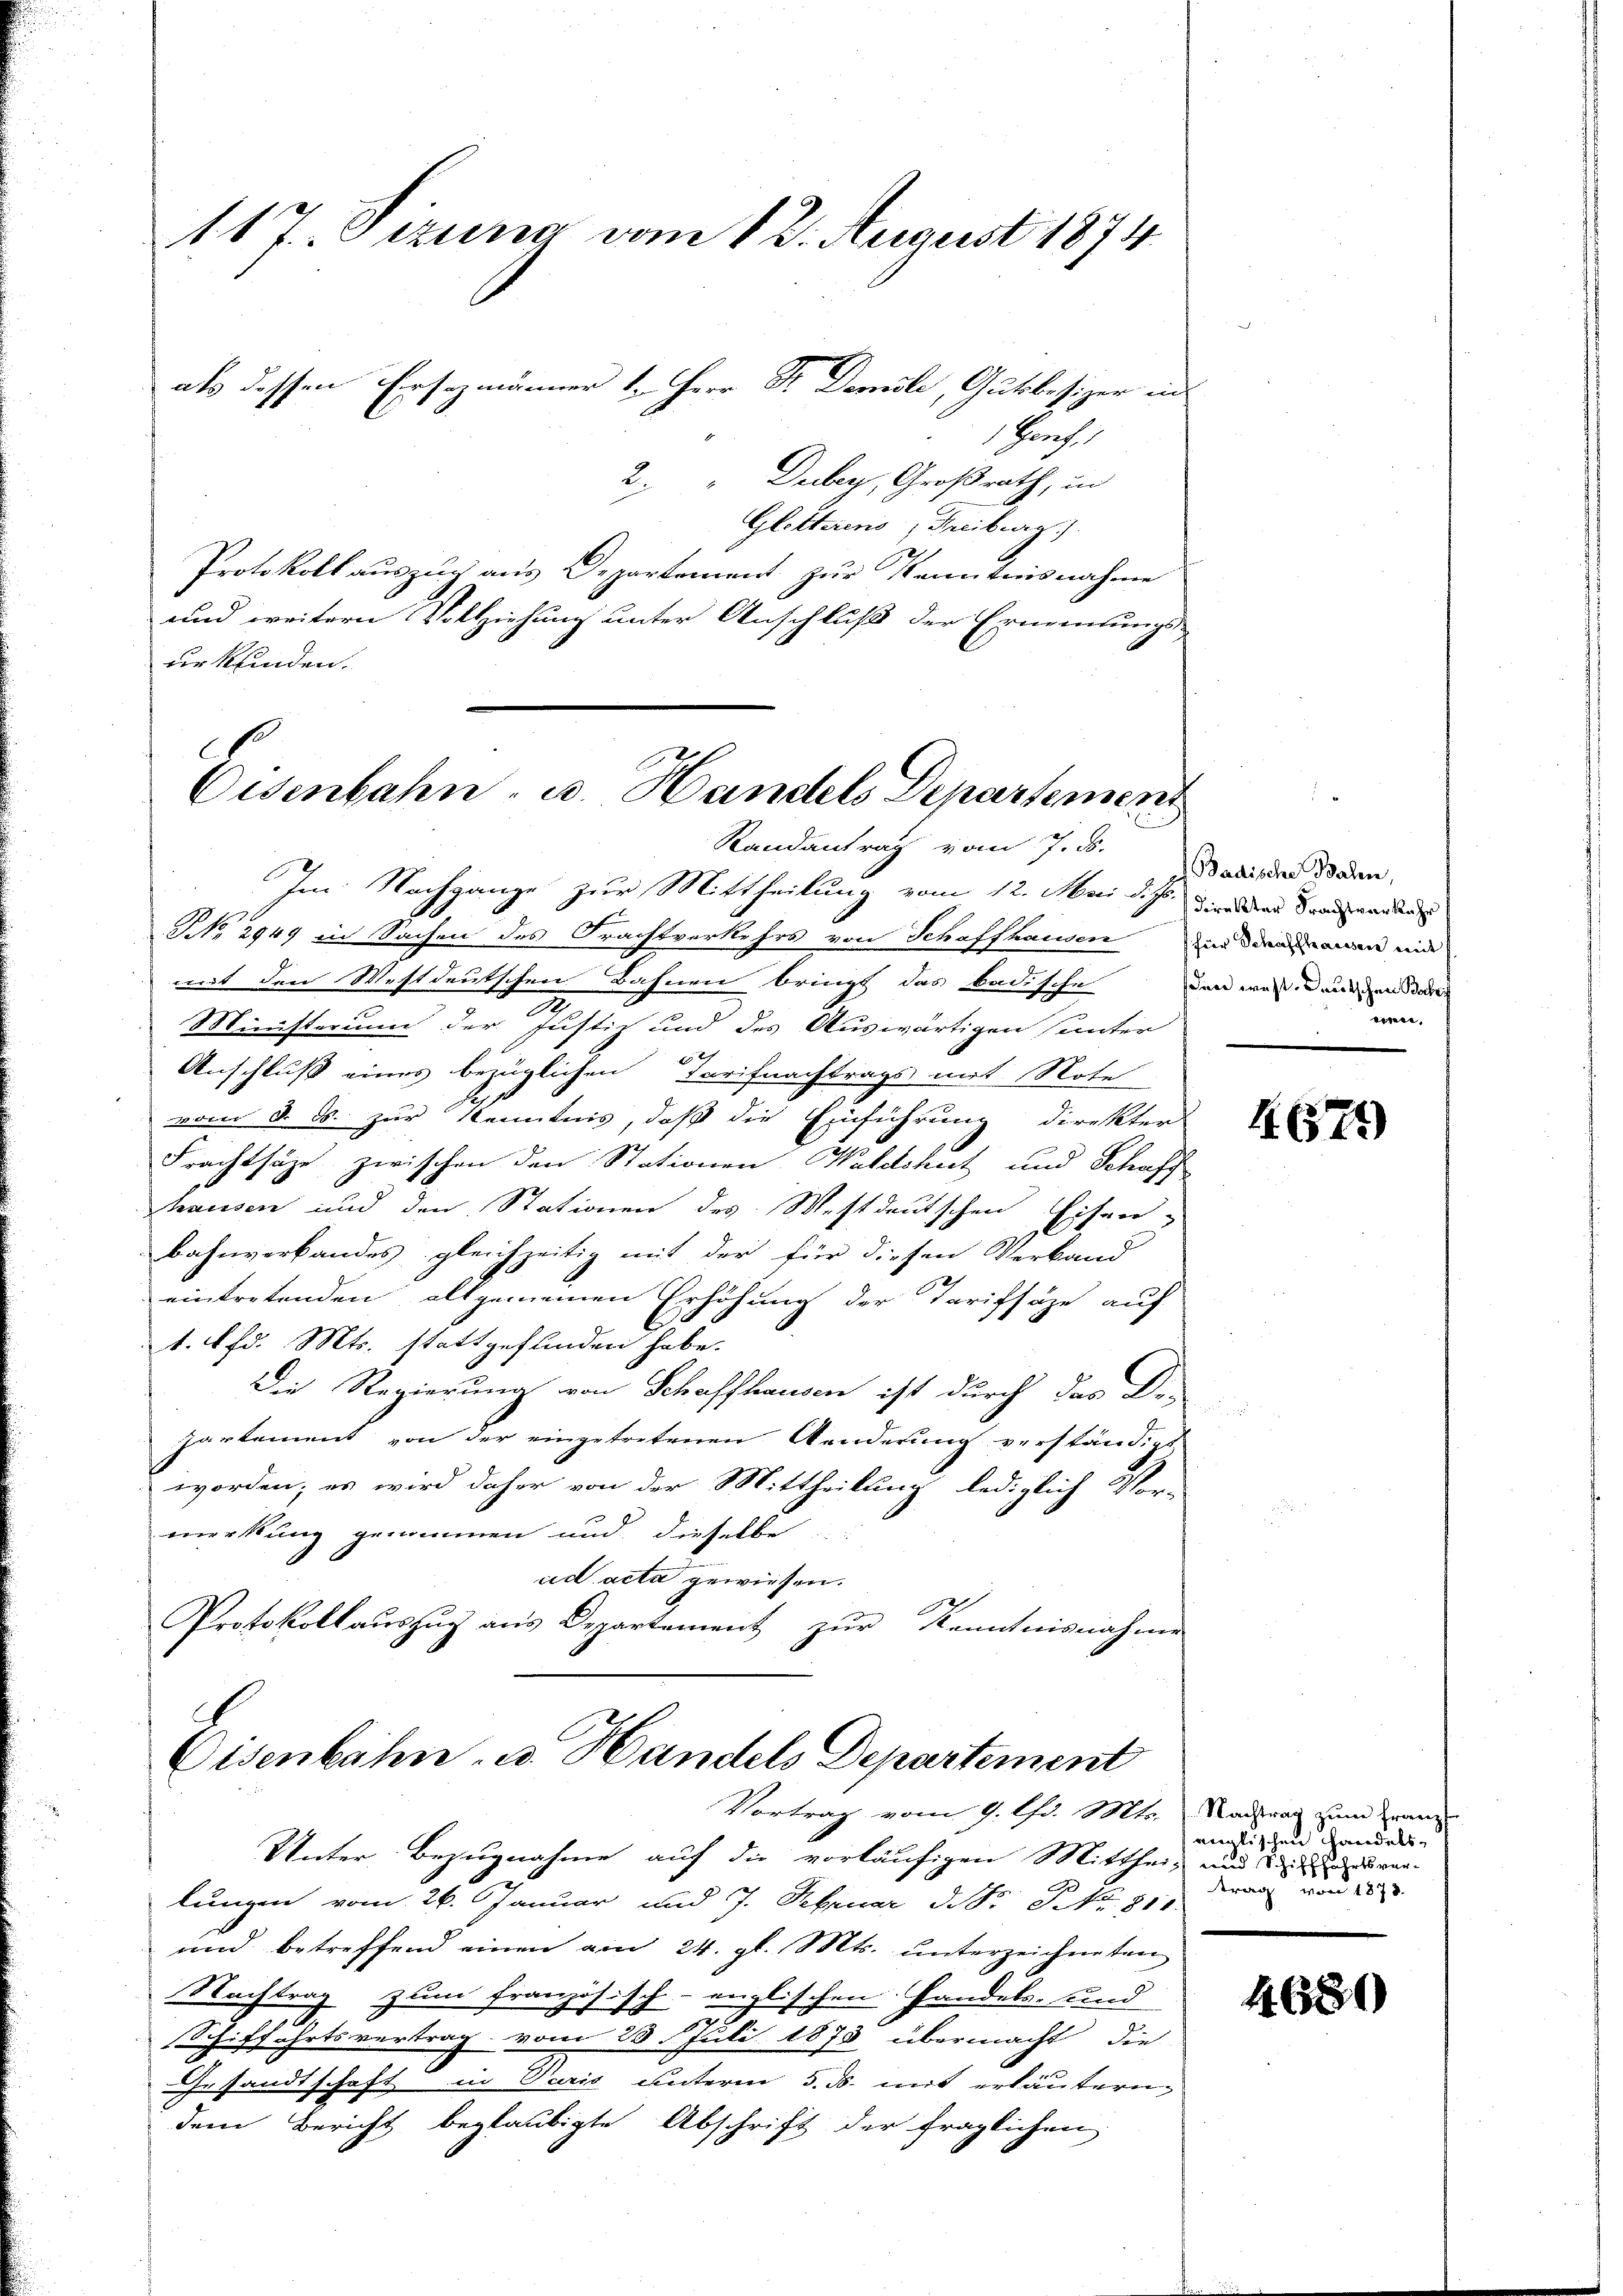
Glotterens, Freiburg)
Protokoll auszug aus Departement zur Kenntnisnahme
und weitern Vollziehung unter Anschluß der Ernennungs-
urkfinden.

117. Jezuna vom 12. August 1874
als dessen Ersezmänner 1. Herr Dr. Demile, Gutsbesizer an
 Ganz
2. Dabey, Großrath, in

Eisenbahn, u. Handels Departement
Randantrag vom 7. d.

Im Nachgange zur Mittheilung vom 12. Mai d. Js. wird der Sanenden
NNo. 2949 in Sachen des Frachtverkehrs von Schaffhausen und darauen mi
mit den Westdeutschen Bahnen bringt das badische den werdenen der
2
Ministerium der Justiz und des Auswärtigen sunter
Anschluß eines bezüglichen Tarifnachtrags mit Note
vom 8. ds. zur Kenntnis, daß die Einführung direkter
Frachtsäze zwischen den Stationen Waldshut und Schaff
hausen und den Stationen des Westdeutschen Eifer-
Bahnverbandes gleichzeitig mit der für diesen Verkand
eintretenden allgemeinen Erhöhung der Tarifsäze auf
E
A. Pfd. Mts. stattgefunden habe.
Die Regierung von Schaffhausen ist durch das Dr.
partement von der eingetretenen Wanderung verständigt
worden; es wird daher von der Mittheilung lediglich Vor-
merkung genommen und dieselbe
ad acta gewiesen.
Protokollauszug aus Departement zur Kenntnisnahme

Eisenbahn u. Handels Departement
Vortrag vom 9. Chr. Mts.
Unter Bezugnahme auf die vorläufigen Mittheil und ver¬

lungen vom 26. Januar und 7. Februar d. d. J NNo. 810
und betreffend einen am 24. gl. Mts. unterzeichneten
Nachtrag zum französisch-englischen Handels- und
2
Schiffahrtsvertrag vom 28 t Juli 1873 übermacht, die
Gesandtschaft in Paris unterm 5. ds. mit erläutern,
dem Bericht beglaubigte Abschrift der fraglichen

Badische Bahn,
deren.

4671)

Nachtrag zum Franz
englischen Handels-
dung und 1890.
e

4680